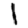
Digit: 1